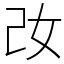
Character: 妀